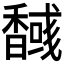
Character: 𮩫